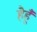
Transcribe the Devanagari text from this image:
हैहूँ